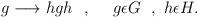
LaTeX: \begin{align*}g \longrightarrow hgh \ \ , \ \ \ \ g\epsilon G \ \ , \ h \epsilon H.\end{align*}